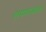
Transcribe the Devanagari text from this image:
सपफलता